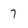
Character: 7